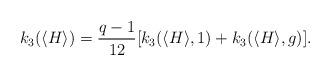
LaTeX: \begin{align*}k_3(\langle H\rangle)=\frac{q-1}{12}[k_3(\langle H\rangle, 1)+ k_3(\langle H\rangle, g)].\end{align*}